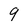
Character: 9